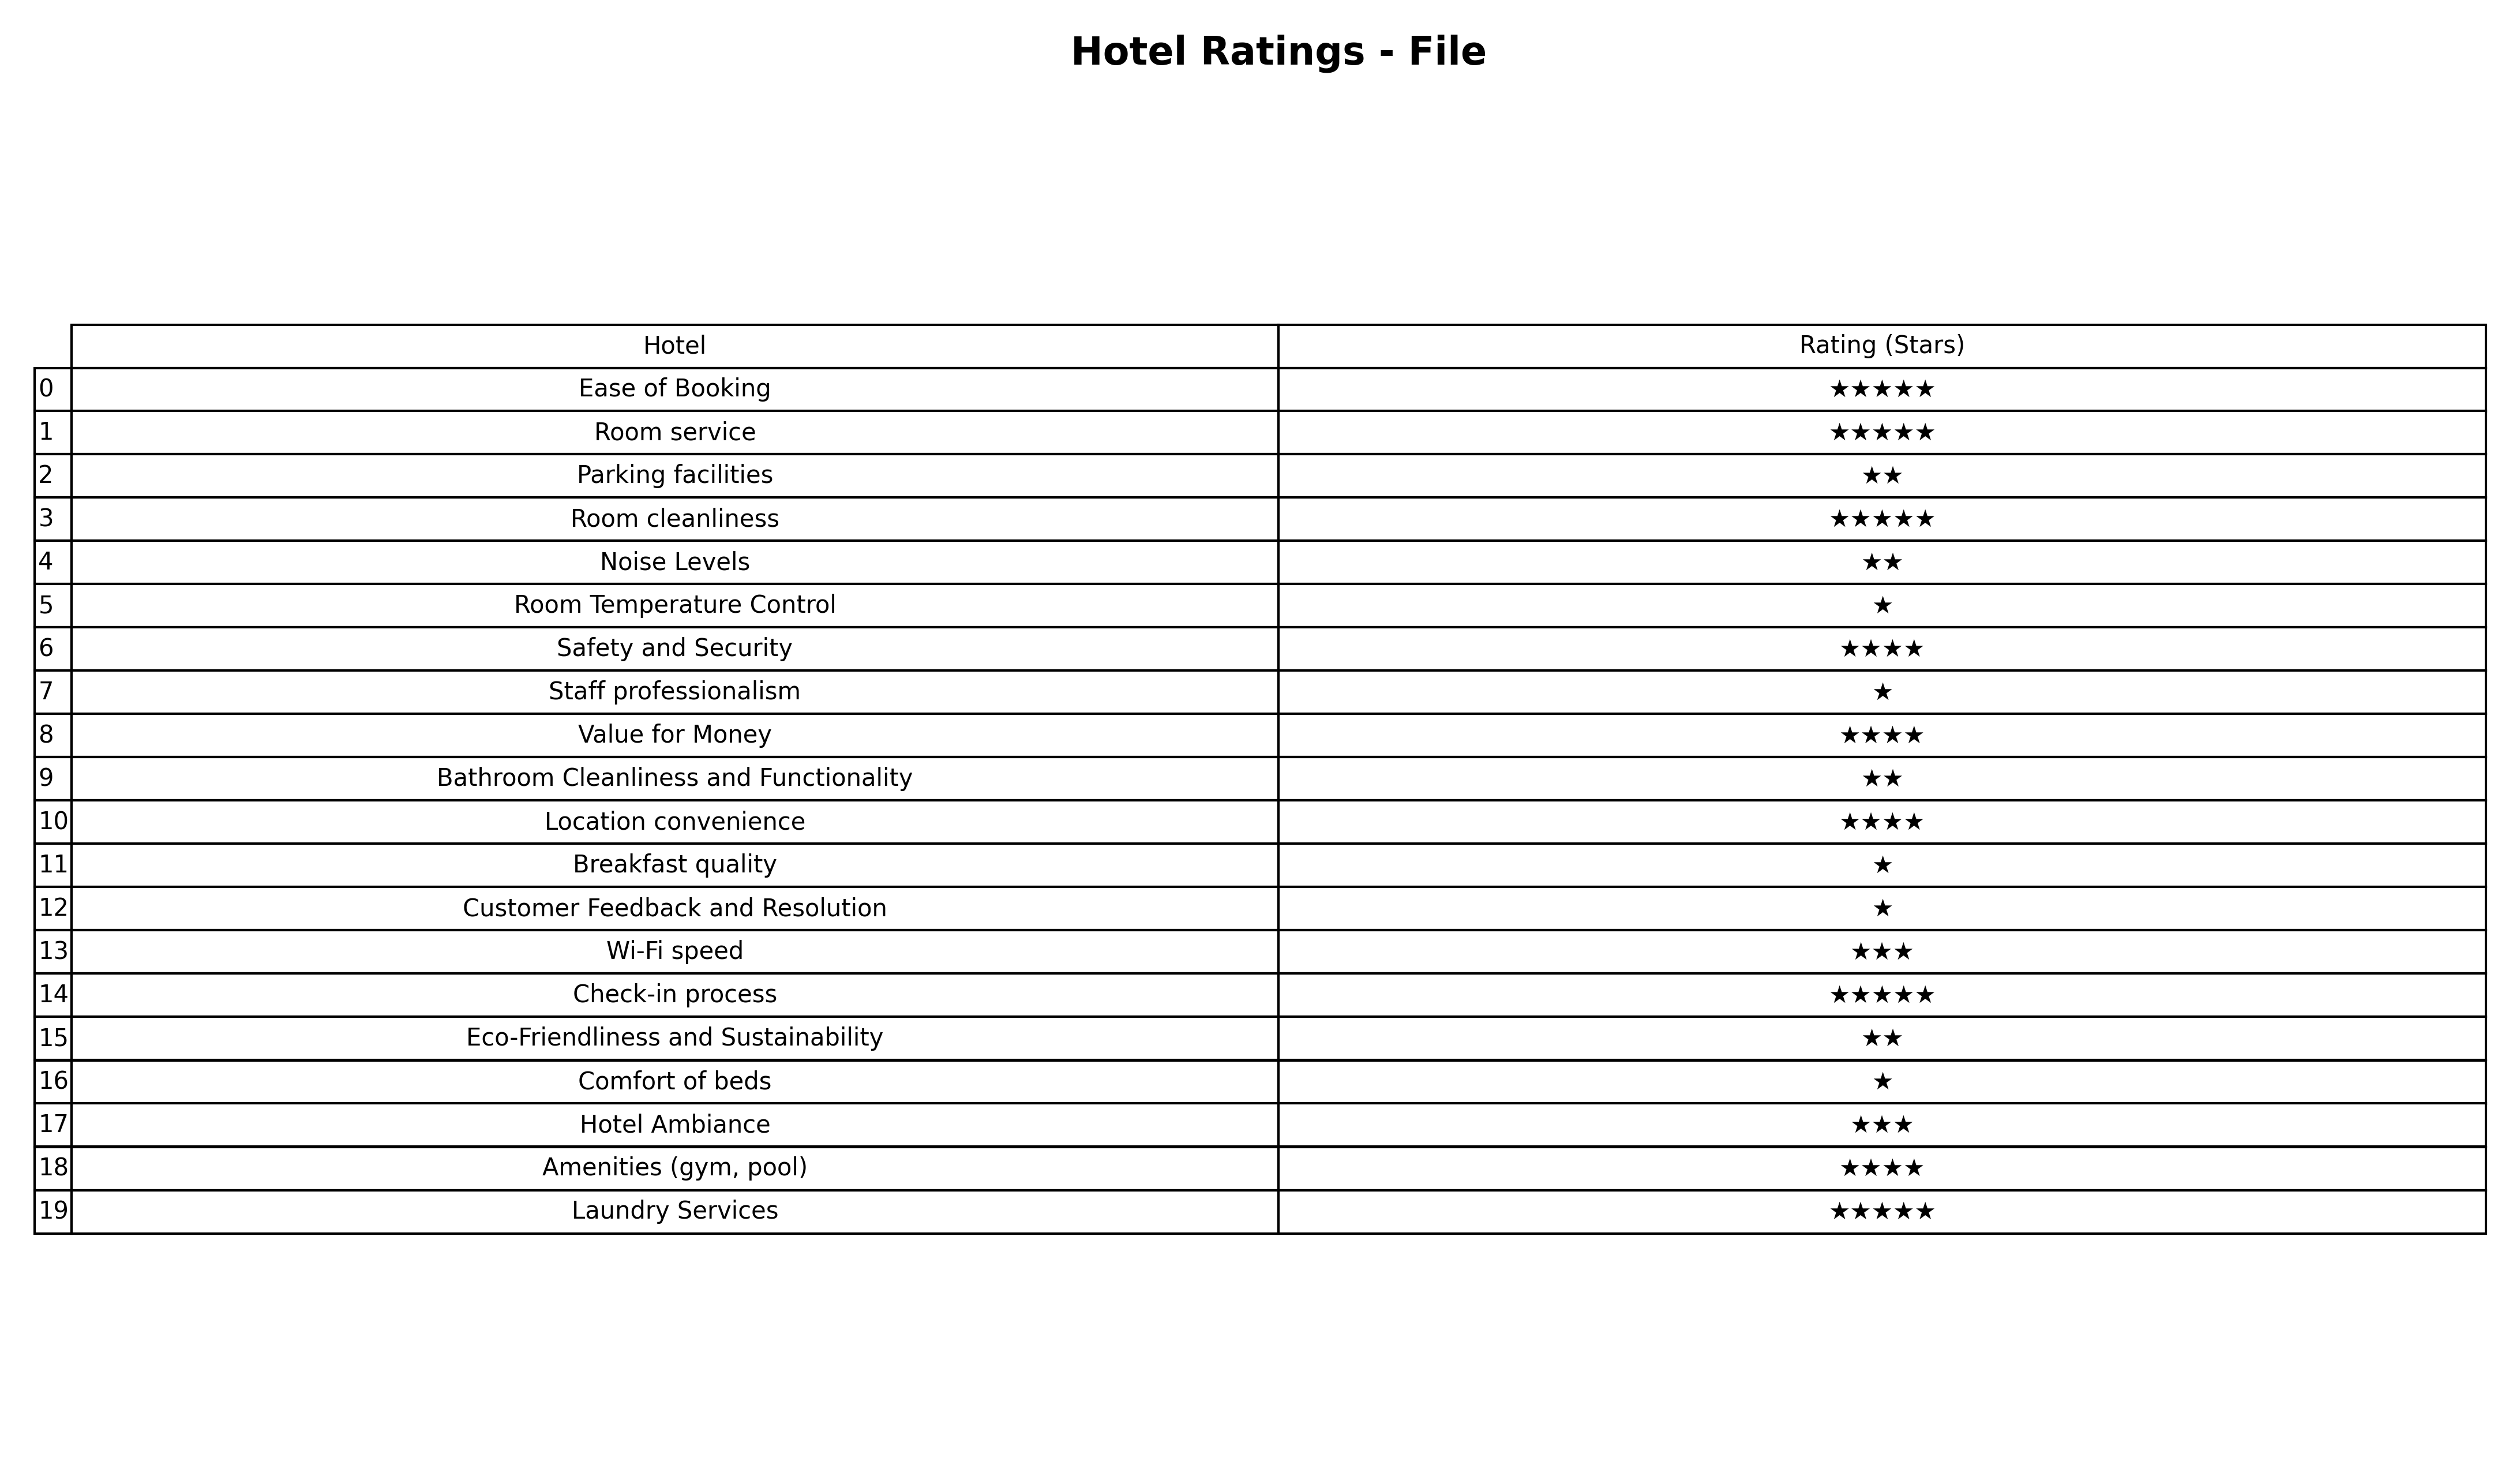
question: What are two star services?
answer: Parking facilitiesNoise LevelsBathroom Cleanliness and FunctionalityEco-Friendliness and Sustainability